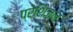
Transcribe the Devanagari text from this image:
प्रेशिज़न